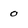
Character: 0